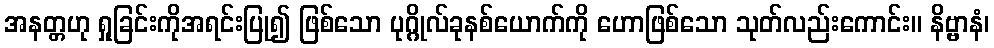
အနတ္တဟု ရှုခြင်းကိုအရင်းပြု၍ ဖြစ်သော ပုဂ္ဂိုလ်ခုနစ်ယောက်ကို ဟောဖြစ်သော သုတ်လည်းကောင်း။ နိဗ္ဗာနံ၊